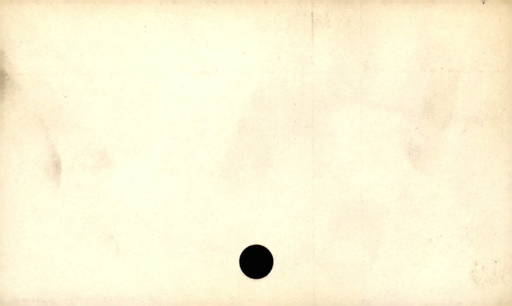
Label: blank